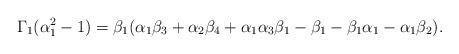
LaTeX: \begin{align*} \Gamma_1(\alpha_1^2-1)=\beta_1(\alpha_1\beta_3+\alpha_2\beta_4+\alpha_1\alpha_3\beta_1-\beta_1-\beta_1\alpha_1-\alpha_1\beta_2).\end{align*}